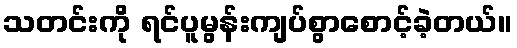
သတင်းကို ရင်ပူမွန်းကျပ်စွာစောင့်ခဲ့တယ်။